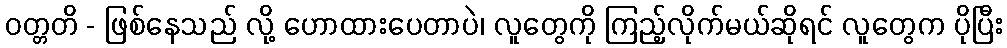
ဝတ္တတိ - ဖြစ်နေသည် လို့ ဟောထားပေတာပဲ၊ လူတွေကို ကြည့်လိုက်မယ်ဆိုရင် လူတွေက ပိုပြီး